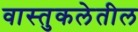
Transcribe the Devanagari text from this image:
वास्तुकलेतील